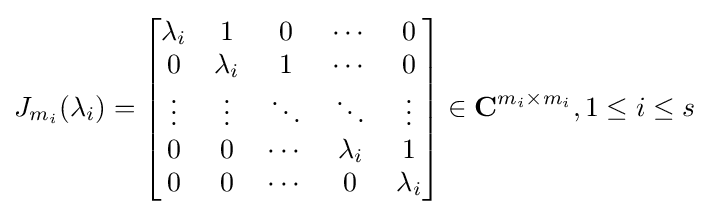
J_{m_{i}}(\lambda _{i})={\begin{bmatrix}\lambda _{i}&1&0&\cdots &0\\0&\lambda _{i}&1&\cdots &0\\\vdots &\vdots &\ddots &\ddots &\vdots \\0&0&\cdots &\lambda _{i}&1\\0&0&\cdots &0&\lambda _{i}\end{bmatrix}}\in \mathbf {C} ^{m_{i}\times m_{i}},1\leq i\leq s